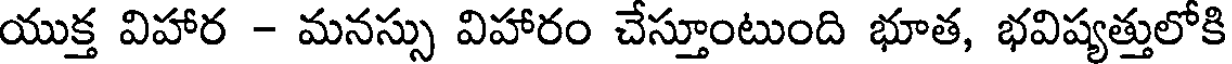
యుక్త విహార - మనస్సు విహారం చేస్తూంటుంది భూత, భవిష్యత్తులోకి